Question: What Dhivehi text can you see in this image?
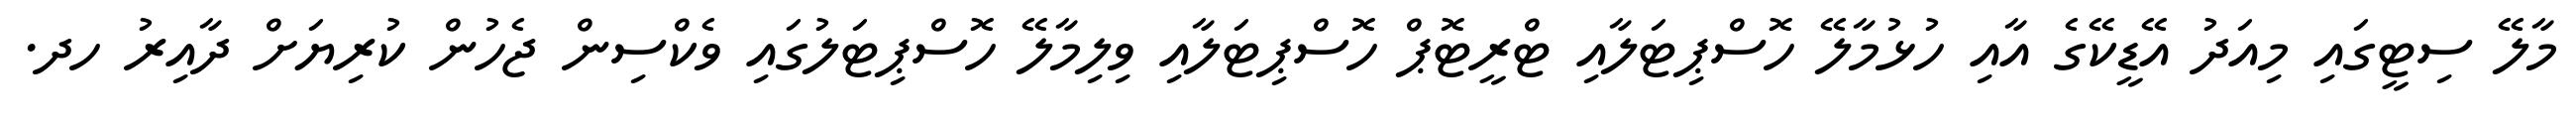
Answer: މާލޭ ސިޓީގައި މިއަދު އޭޑީކޭގެ އާއި ހުޅުމާލޭ ހޮސްޕިޓަލާއި ޓްރީޓޮޕް ހޮސްޕިޓަލާއި ވިލިމާލޭ ހޮސްޕިޓަލުގައި ވެކްސިން ޖެހުން ކުރިޔަށް ދާއިރު ހދ.